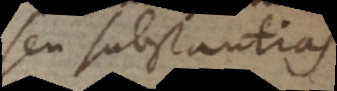
seu substantias